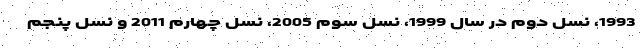
1993، نسل دوم در سال 1999، نسل سوم 2005، نسل چهارم 2011 و نسل پنجم